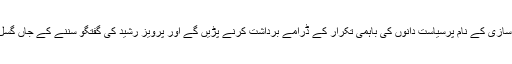
اور احتساب کے لیے قانون سازی کے نام پرسیاست دانوں کی باہمی تکرار کے ڈرامے برداشت کرنے پڑیں گے اور پرویز رشید کی گفتگو سننے کے جاں گسل لمحات گزارنے پڑیں گے۔